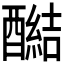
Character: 𰼔